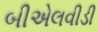
બીએલવીડી